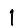
Digit: 1